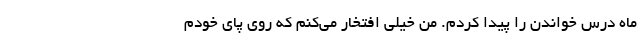
ماه درس خواندن را پیدا کردم. من خیلی افتخار می‌کنم که روی پای خودم